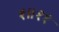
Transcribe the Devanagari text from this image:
१॥११